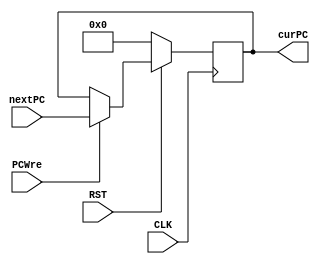
`timescale 1ns / 1ps
//////////////////////////////////////////////////////////////////////////////////
// Company: 
// Engineer: 
// 
// Design Name: 
// Module Name: PC
// Project Name: 
// Target Devices: 
// Tool Versions: 
// Description: 
// 
// Dependencies: 
// 
// Revision:
// Revision 0.01 - File Created
// Additional Comments:
// 
//////////////////////////////////////////////////////////////////////////////////


module PC(
 input   CLK,RST,PCWre,
   input   [31:0] nextPC,
   output  reg [31:0] curPC
    );
    always@(negedge CLK) begin
        if( RST == 0 ) curPC <= 0;
        else if (PCWre) curPC <= nextPC;
      end
  endmodule